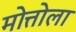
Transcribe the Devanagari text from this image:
मोत्तोला